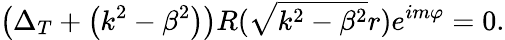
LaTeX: \left(\Delta_{T}+\left(k^{2}-\beta^{2}\right)\right)R(\sqrt{k^{2}-\beta^{2}}r)e^{im\varphi}=0.